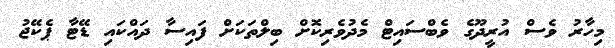
މިހާރު ވެސް އުރީދޫގެ ވެބްސައިޓް މެދުވެރިކޮށް ބިލްތަކަށް ފައިސާ ދައްކައި ޑޭޓާ ޕެކޭޖު